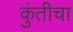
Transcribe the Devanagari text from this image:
कुंतीचा